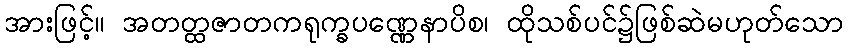
အားဖြင့်။ အတတ္ထဇာတကရုက္ခပဏ္ဏေနာပိစ၊ ထိုသစ်ပင်၌ဖြစ်ဆဲမဟုတ်သော